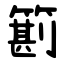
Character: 䉇